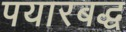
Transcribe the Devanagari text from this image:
पयारबद्ध